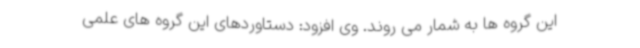
این گروه ها به شمار می روند. وی افزود: دستاوردهای این گروه های علمی